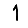
Digit: 1